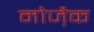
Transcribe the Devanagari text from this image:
मोजै़क